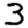
Digit: 3